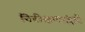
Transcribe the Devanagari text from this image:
निरीक्षणांद्वारे